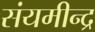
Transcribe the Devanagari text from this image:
संयमीन्द्र